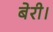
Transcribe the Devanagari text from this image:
बेरी।